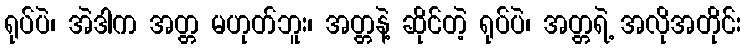
ရုပ်ပဲ၊ အဲဒါက အတ္တ မဟုတ်ဘူး၊ အတ္တနဲ့ ဆိုင်တဲ့ ရုပ်ပဲ၊ အတ္တရဲ့ အလိုအတိုင်း